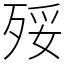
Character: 㱣